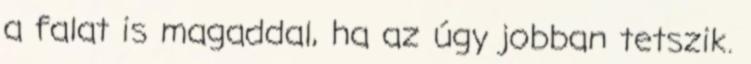
a falat is magaddal, ha az úgy jobban tetszik.